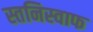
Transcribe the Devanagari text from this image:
स्तनिस्वाफ